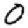
Digit: 0